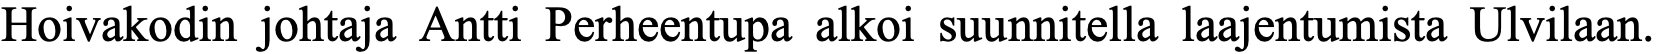
Hoivakodin johtaja Antti Perheentupa alkoi suunnitella laajentumista Ulvilaan.